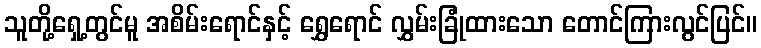
သူတို့ရှေ့တွင်မူ အစိမ်းရောင်နှင့် ရွှေရောင် လွှမ်းခြုံထားသော တောင်ကြားလွင်ပြင်။